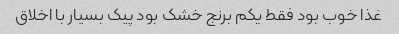
غذا خوب بود فقط یکم برنج خشک بود پیک بسیار با اخلاق